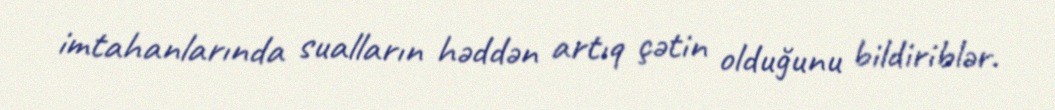
imtahanlarında sualların həddən artıq çətin olduğunu bildiriblər.